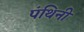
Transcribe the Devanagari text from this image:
पंथिनी